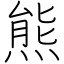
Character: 熊